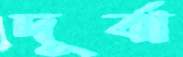
দূর্বা